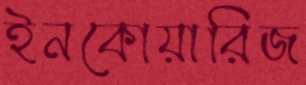
ইনকোয়ারিজ